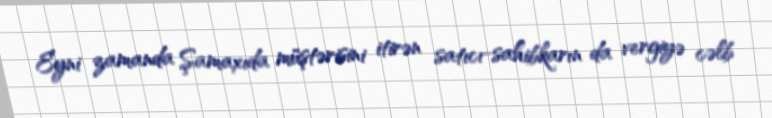
Eyni zamanda Şamaxıda müştərisini itirən satıcı-sahibkarın da vergiyə cəlb